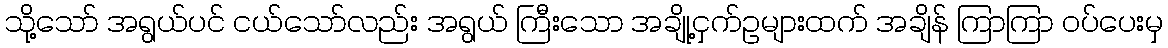
သို့သော် အရွယ်ပင် ငယ်သော်လည်း အရွယ် ကြီးသော အချို့ငှက်ဥများထက် အချိန် ကြာကြာ ဝပ်ပေးမှ